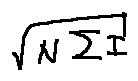
\sqrt { N \sum I }